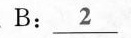
B: \underline{2}